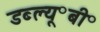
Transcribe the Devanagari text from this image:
डब्ल्यू॰बी॰